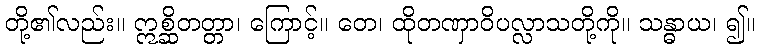
တို့၏လည်း။ ဣစ္ဆိတတ္တာ၊ ကြောင့်။ တေ၊ ထိုတဏှာဝိပလ္လာသတို့ကို။ သန္ဓာယ၊ ၍။